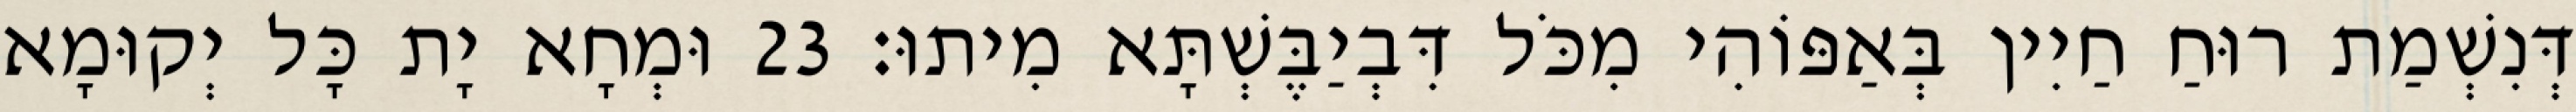
דְּנִשְׁמַת רוּחַ חַיִין בְּאַפּוֹהִי מִכֹּל דִּבְיַבֶּשְׁתָּא מִיתוּ׃ 23 וּמְחָא יָת כָּל יְקוּמָא